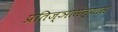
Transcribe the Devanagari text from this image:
प्रतिज्ञासंन्यास